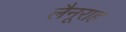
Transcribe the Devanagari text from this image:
लैनूराह